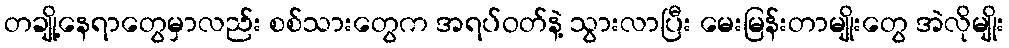
တချို့နေရာတွေမှာလည်း စစ်သားတွေက အရပ်ဝတ်နဲ့ သွားလာပြီး မေးမြန်းတာမျိုးတွေ အဲလိုမျိုး